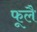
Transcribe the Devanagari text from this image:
फूलै